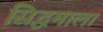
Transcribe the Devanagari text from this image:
सिद्धमाला